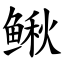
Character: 鳅